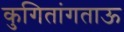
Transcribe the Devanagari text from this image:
कुगितांगताऊ